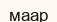
маар